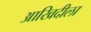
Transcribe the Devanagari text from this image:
आखिदीला